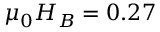
\mu _ { 0 } H _ { B } = 0 . 2 7